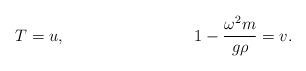
LaTeX: \begin{align*} T &= u, & 1-\frac{\omega^2m}{g\rho} &= v.\end{align*}